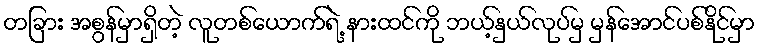
တခြား အစွန်မှာရှိတဲ့ လူတစ်ယောက်ရဲ့ နားထင်ကို ဘယ့်နှယ်လုပ်မှ မှန်အောင်ပစ်နိုင်မှာ